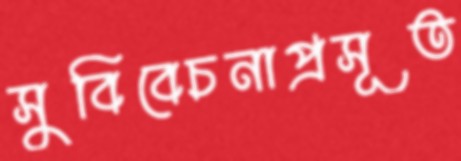
সুবিবেচনাপ্রসূত